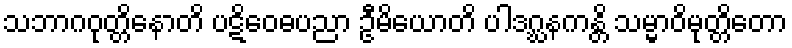
သဘာဂဝုတ္တိနောတိ ပဋိဝေဓပညာ ဦမိယောတိ ပါဒဂ္ဃနကန္တိ သမ္မာဝိမုတ္တိတော